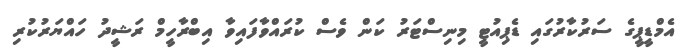
އެމްޑީޕީގެ ސަރުކާރުގައި ޑެޕިއުޓީ މިނިސްޓަރު ކަން ވެސް ކުރައްވާފައިވާ އިބްރާހީމް ރަޝީދު ހައްޔަރުކުރި